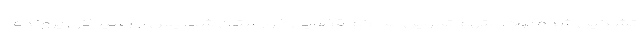
تشکیل شده بود، متهم تحویل محاکم قضایی خوزستان شد. پس از رسیدگی پرونده